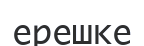
ерешке